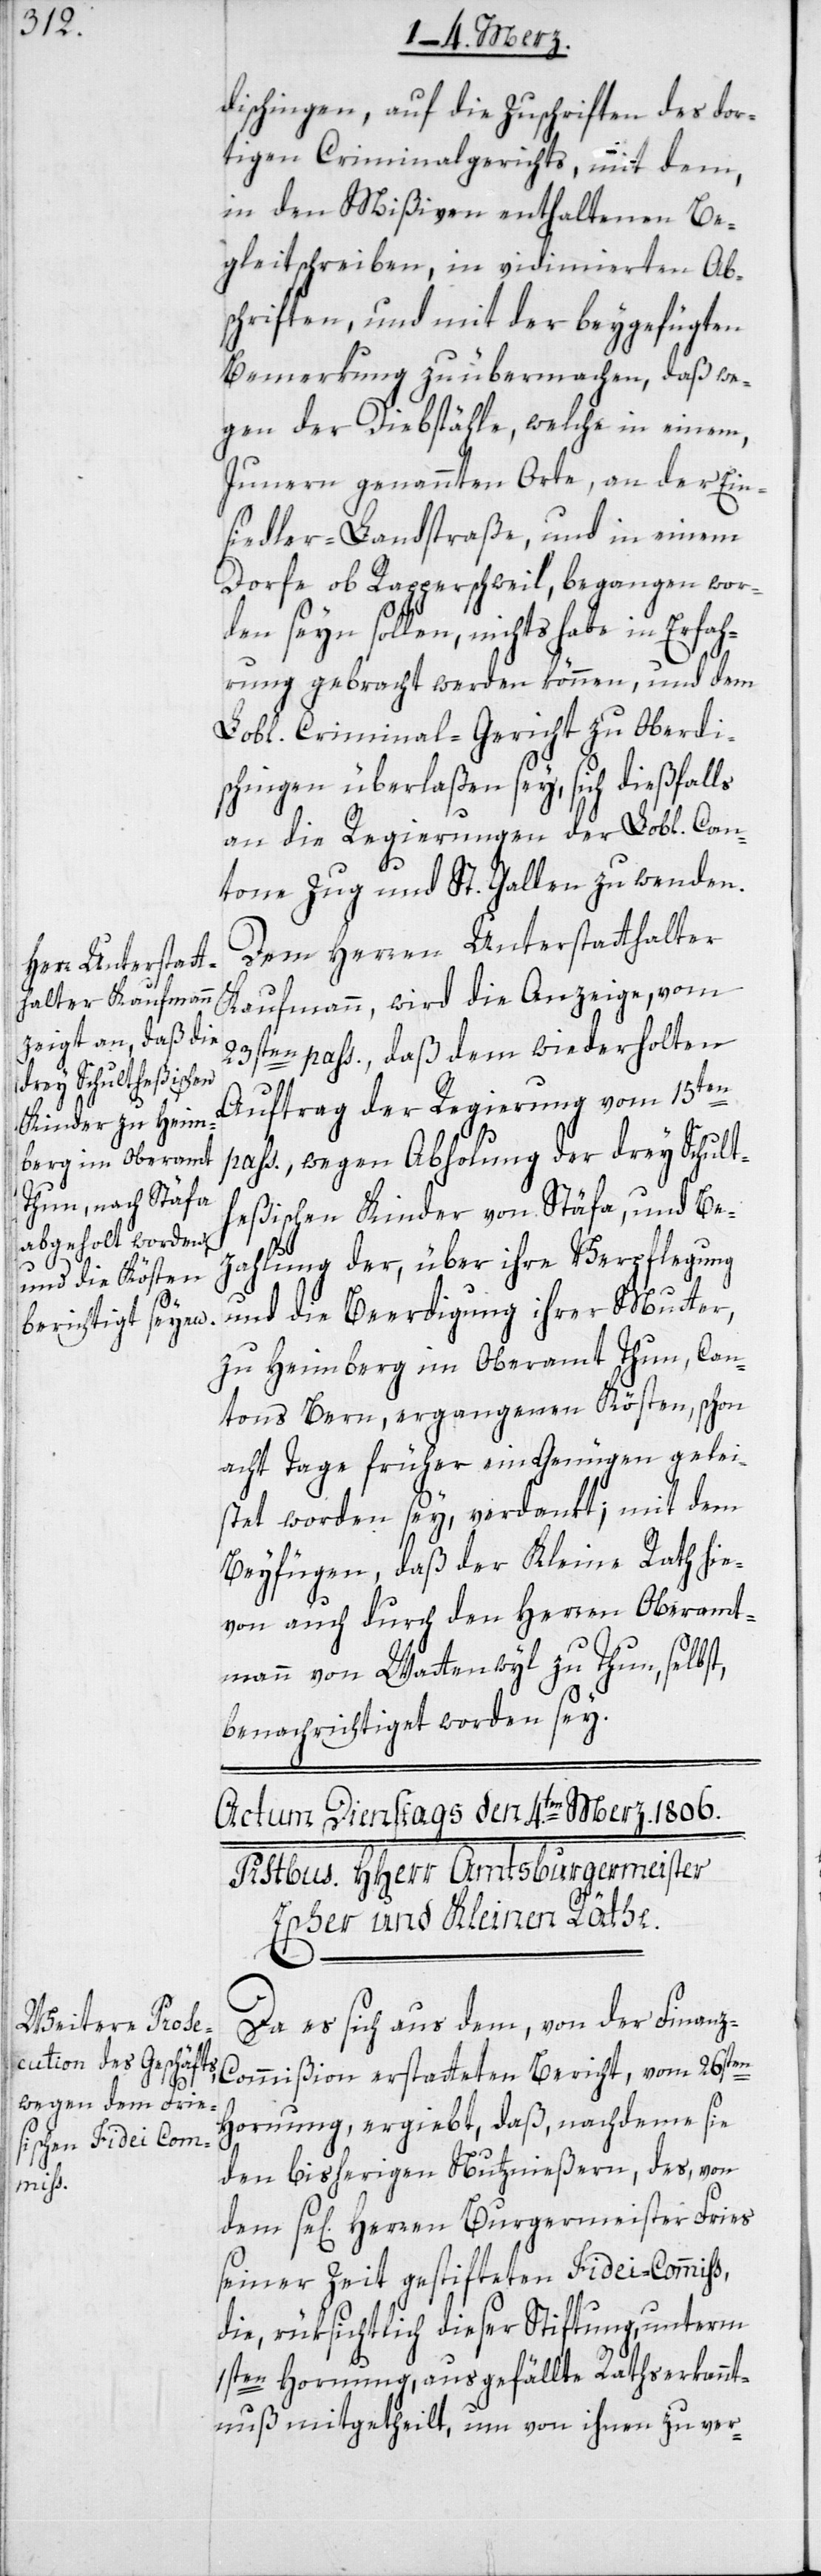
dischingen, auf die Zuschriften des dor¬
tigen Criminalgerichts, mit dem,
in den Mißiven enthaltenen Be¬
gleitschreiben, in vidimierten Ab¬
schriften, und mit der beygefügten
Bemerkung zu übermachen, daß we¬
gen der Diebstähle, welche in einem,
Junern genannten Orte, an der Ein¬
siedler-Landstraße, und in einem
Dorfe ob Rapperschweil, begangen wor¬
den seyn sollen, nichts habe in Erfah¬
rung gebracht werden können, und dem
Lobl. Criminal-Gericht zu Oberdi¬
schingen überlaßen sey, sich dießfalls
an die Regierungen der Lobl. Can¬
tone Zug und St. Gallen zu wenden.
Dem Herren Unterstatthalter
Kaufmann, wird die Anzeige, vom
23sten pass., daß dem wiederholten
Auftrag der Regierung vom 15ten
pass., wegen Abholung der drey Schult¬
heßischen Kinder von Stäfa, und Be¬
zahlung der, über ihre Verpflegung
und die Beerdigung ihrer Mutter,
zu Heimberg im Oberamt Thun, Can¬
tons Bern, ergangenen Kösten, schon
acht Tage früher ein Genügen gelei¬
stet worden sey, verdankt; mit dem
Beyfügen, daß der Kleine Rath hie¬
von auch durch den Herren Oberamt¬
mann von Wattenwyl zu Thun, selbst,
benachrichtiget worden sey.
Da es sich aus dem, von der Finan¬
z-Commißion erstatteten Bericht, vom 26sten
Hornung ergiebt, daß, nachdeme sie
den biesherigen Nutznießern, des, von
se[ligen] Herren Burgermeister Fries
seiner Zeit gestifteten Fidei-Commiß,
die, rüksichtlich dieser Stiftung, unterm
1sten Hornung, ausgefällte Rathserkannt¬
nuß mitgetheilt, um von ihnen zu ver-